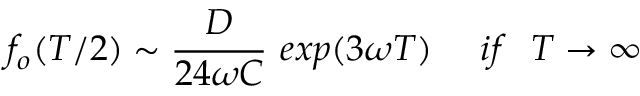
f _ { o } ( T / 2 ) \sim { \frac { D } { 2 4 \omega C } } \ e x p ( 3 \omega T ) \ \ \ \ i f \ \ T \rightarrow \infty